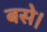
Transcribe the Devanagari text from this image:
बसेे।